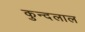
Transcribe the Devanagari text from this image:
कुन्दलाल